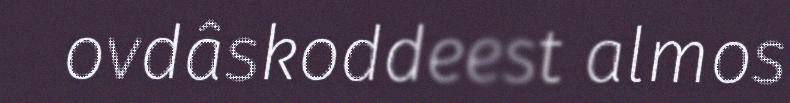
ovdâskoddeest almos